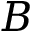
B